Indian journal of veterinary science and animal husbandry - Volume 2,
Year: 1932
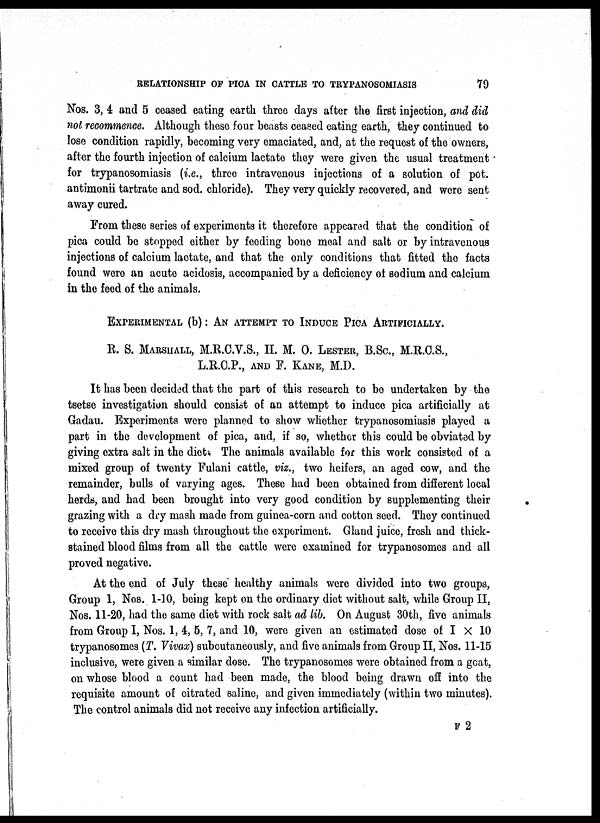
RELATIONSHIP OF PICA IN CATTLE TO TRYPANOSOMIASIS
79
Nos. 3, 4 and 5 ceased eating earth three days after the first injection, and did
not recommence. Although these four beasts ceased eating earth, they continued to
lose condition rapidly, becoming very emaciated, and, at the request of the owners,
after the fourth injection of calcium lactate they were given the usual treatment
for trypanosomiasis (i.e., three intravenous injections of a solution of pot.
antimonii tartrate and sod. chloride). They very quickly recovered, and were sent
away cured.
From these series of experiments it therefore appeared that the condition of
pica could be stopped either by feeding bone meal and salt or by intravenous
injections of calcium lactate, and that the only conditions that fitted the facts
found were an acute acidosis, accompanied by a deficiency of sodium and calcium
in the feed of the animals.
EXPERIMENTAL (b): AN ATTEMPT TO INDUCE PICA ARTIFICIALLY.
R. S. MARSHALL, M.R.C.V.S., H. M.O. LESTER, B.Sc, M.R.C.S.,
L.R.C.P., AND F. KANE, M.D.
It has been decided that the part of this research to be undertaken by the
tsetse investigation should consist of an attempt to induce pica artificially at
Gadau. Experiments were planned to show whether trypanosomiasis played a
part in the development of pica, and, if so, whether this could be obviated by
giving extra salt in the diet. The animals available for this work consisted of a
mixed group of twenty Fulani cattle, viz., two heifers, an aged cow, and the
remainder, bulls of varying ages. These had been obtained from different local
herds., and had been brought into very good condition by supplementing their
grazing with a dry mash made from guinea-corn and cotton seed. They continued
to receive this dry mash throughout the experiment. Gland juice, fresh and thick-
stained blood films from all the cattle were examined for trypanosomes and all
proved negative.
At the end of July these healthy animals were divided into two groups,
Group 1, Nos. 1-10, being kept on the ordinary diet without salt, while Group II,
Nos. 11-20, had the same diet with rock salt ad lib. On August 30th, five animals
from Group I, Nos. 1,4, 5, 7, and 10, were given an estimated dose of I X 10
trypanosomes (T. Vivax) subcutaneously, and five animals from Group II, Nos. 11-15
inclusive, were given a similar dose. The trypanosomes were obtained from a goat,
on whose blood a count had been made, the blood being drawn off into the
requisite amount of citrated saline, and given immediately (within two minutes).
The control animals did not receive any infection artificially.
F 2